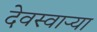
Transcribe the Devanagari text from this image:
देवस्वार्‍या